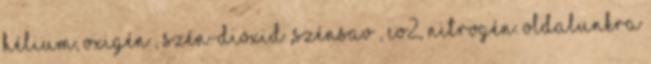
Hélium, Oxigén , Szén-dioxid ,Szénsav , CO2, Nitrogén. Oldalunkra